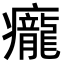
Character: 𤼃